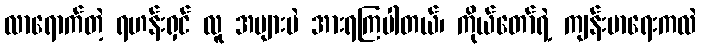
လာရောက်တဲ့ ရဟန်းရှင် လူ အများပဲ အားရကြပါတယ်၊ ကိုယ်တော်ရဲ့ ကျန်းမာရေးကလဲ